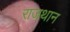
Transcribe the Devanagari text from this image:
राजथान